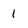
Character: 1